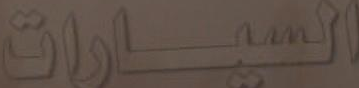
السيارات